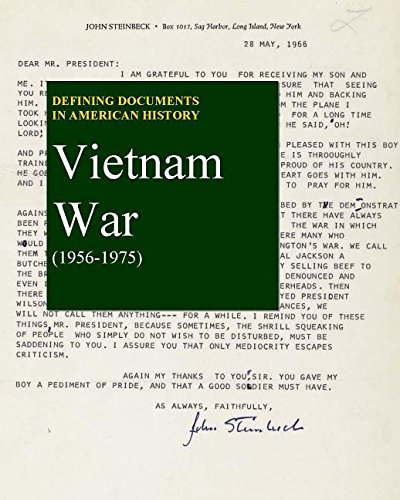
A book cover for The Vietnam War (1956-1975) (Defining Documents in American History); Reference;